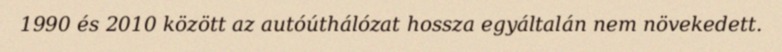
1990 és 2010 között az autóúthálózat hossza egyáltalán nem növekedett.